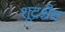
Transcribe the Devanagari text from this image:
शूद्रश्चैव